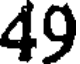
49